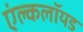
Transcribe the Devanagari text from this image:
एंल्कलॉयड